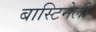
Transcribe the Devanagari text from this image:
बास्टिनेली